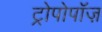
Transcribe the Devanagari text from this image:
ट्रोपोपॉज़